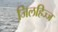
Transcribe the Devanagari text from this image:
जि़लहिज्ज